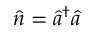
\hat { n } = \hat { a } ^ { \dag } \hat { a }